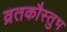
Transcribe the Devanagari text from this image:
व्रतकौस्तुभ